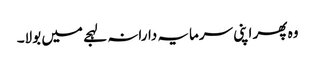
وہ پھر اپنی سرمایہ دارانہ لہجے میں بولا۔